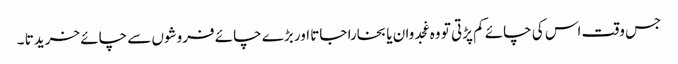
جس وقت اس کی چائے کم پڑتی تو وہ غجدوان یا بخارا جاتا اور بڑے چائے فروشوں سے چائے خریدتا ۔